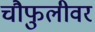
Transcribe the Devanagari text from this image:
चौफुलीवर